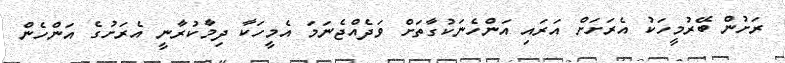
ރަށުން ބޭރުމީހަކު އެރަށަށް އަރައި އަންހެނަކުގާތަށް ވަދެއްޖެނަމަ އެމީހަކާ ދިމާކުރާނީ އެރަށުގެ އަންހެން